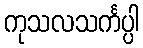
ကုသလသင်္ကပ္ပါ